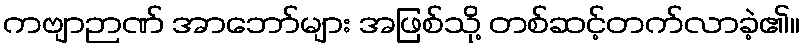
ကဗျာဉာဏ် အာဘော်များ အဖြစ်သို့ တစ်ဆင့်တက်လာခဲ့၏။